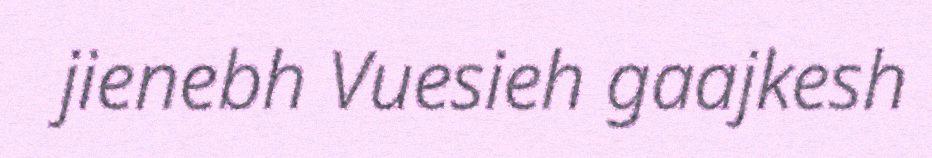
jienebh Vuesieh gaajkesh